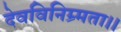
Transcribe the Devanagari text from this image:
देवविनिम्र्मता।।